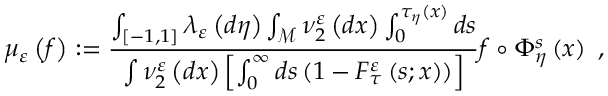
\mu _ { \varepsilon } \left( f \right) : = \frac { \int _ { \left[ - 1 , 1 \right] } \lambda _ { \varepsilon } \left( d \eta \right) \int _ { \mathcal { M } } \nu _ { 2 } ^ { \varepsilon } \left( d x \right) \int _ { 0 } ^ { \tau _ { \eta } \left( x \right) } d s } { \int \nu _ { 2 } ^ { \varepsilon } \left( d x \right) \left[ \int _ { 0 } ^ { \infty } d s \left( 1 - F _ { \tau } ^ { \varepsilon } \left( s ; x \right) \right) \right] } f \circ \Phi _ { \eta } ^ { s } \left( x \right) \ ,